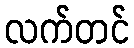
လက်တင်